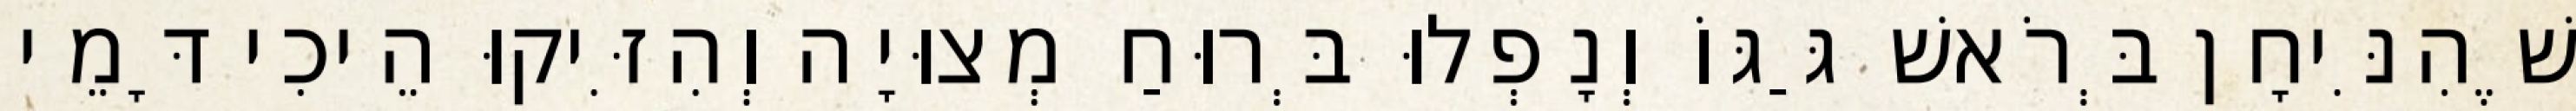
שֶׁהִנִּיחָן בְּרֹאשׁ גַּגּוֹ וְנָפְלוּ בְּרוּחַ מְצוּיָה וְהִזִּיקוּ הֵיכִי דָּמֵי